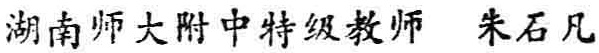
湖南师大附中特级教师 \ 朱石凡